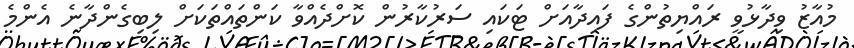
މުއާޒު ވިދާޅުވީ ރައްޔިތުންގެ ފައިދާއަށް ޓަކައި ސަރުކާރުން ކޮށްދެއްވާ ކަންތައްތަކަށް ލިބިގެންދާނެ އެންމެ